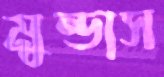
মুন্ডাস